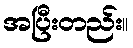
အပြီးတည်း။